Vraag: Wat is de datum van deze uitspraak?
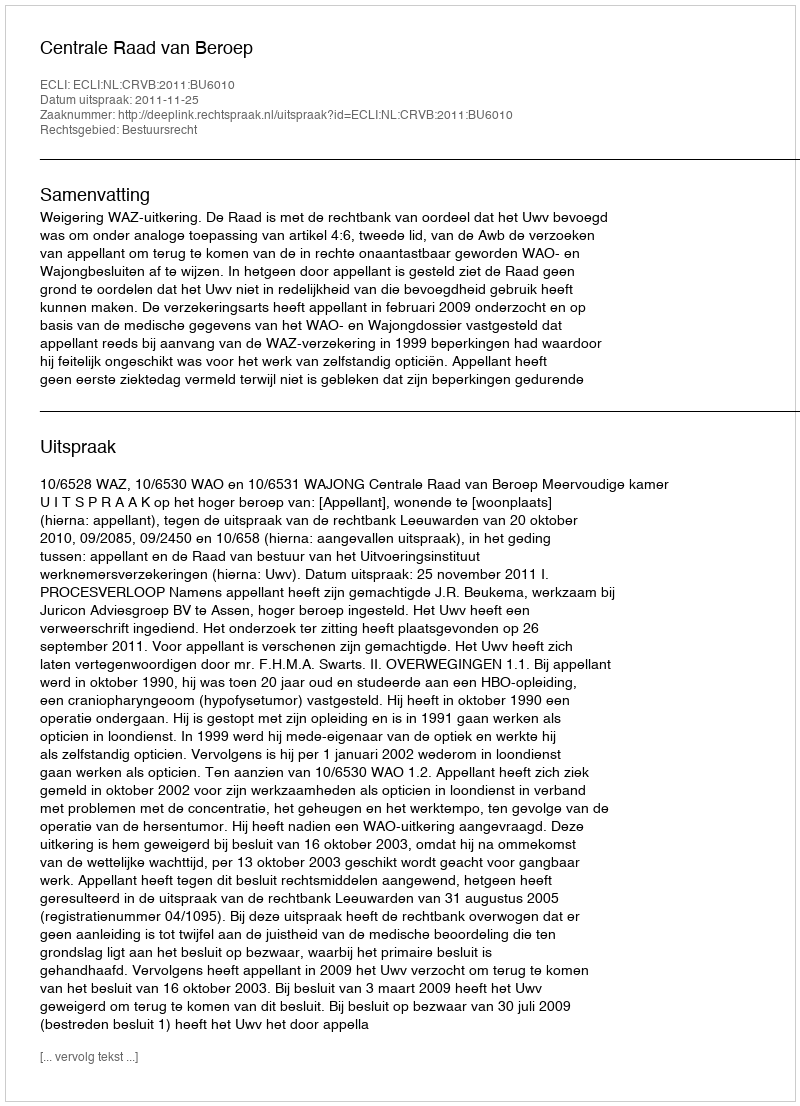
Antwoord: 2011-11-25